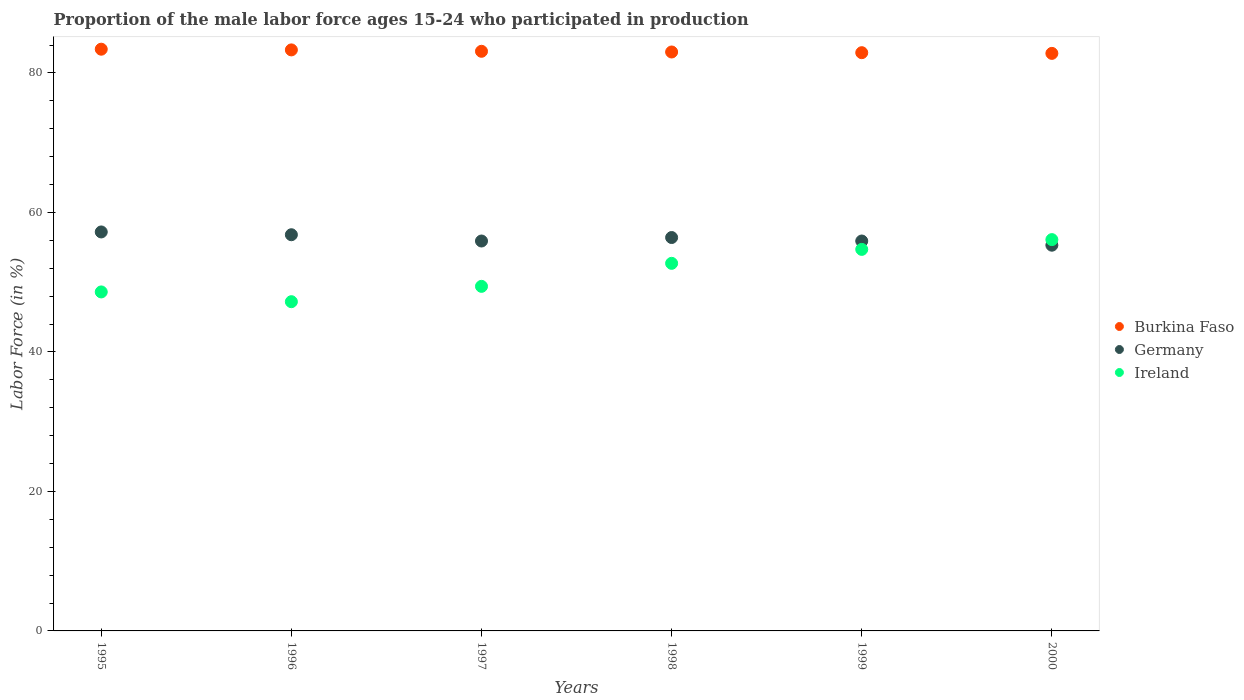
| Years | Burkina Faso | Germany | Ireland |
 | --- | --- | --- | --- |
 | 1995 | 83.4 | 57.2 | 48.6 |
 | 1996 | 83.3 | 56.8 | 47.2 |
 | 1997 | 83.1 | 55.9 | 49.4 |
 | 1998 | 83 | 56.4 | 52.7 |
 | 1999 | 82.9 | 55.9 | 54.7 |
 | 2000 | 82.8 | 55.3 | 56.1 |